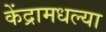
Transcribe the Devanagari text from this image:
केंद्रामधल्या